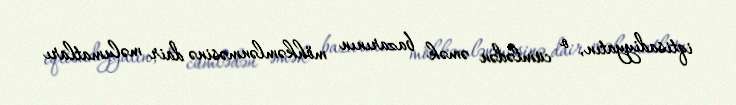
iqtisadiyyatın, o cümlədən əmək bazarının möhkəmlənməsinə dair məlumatları